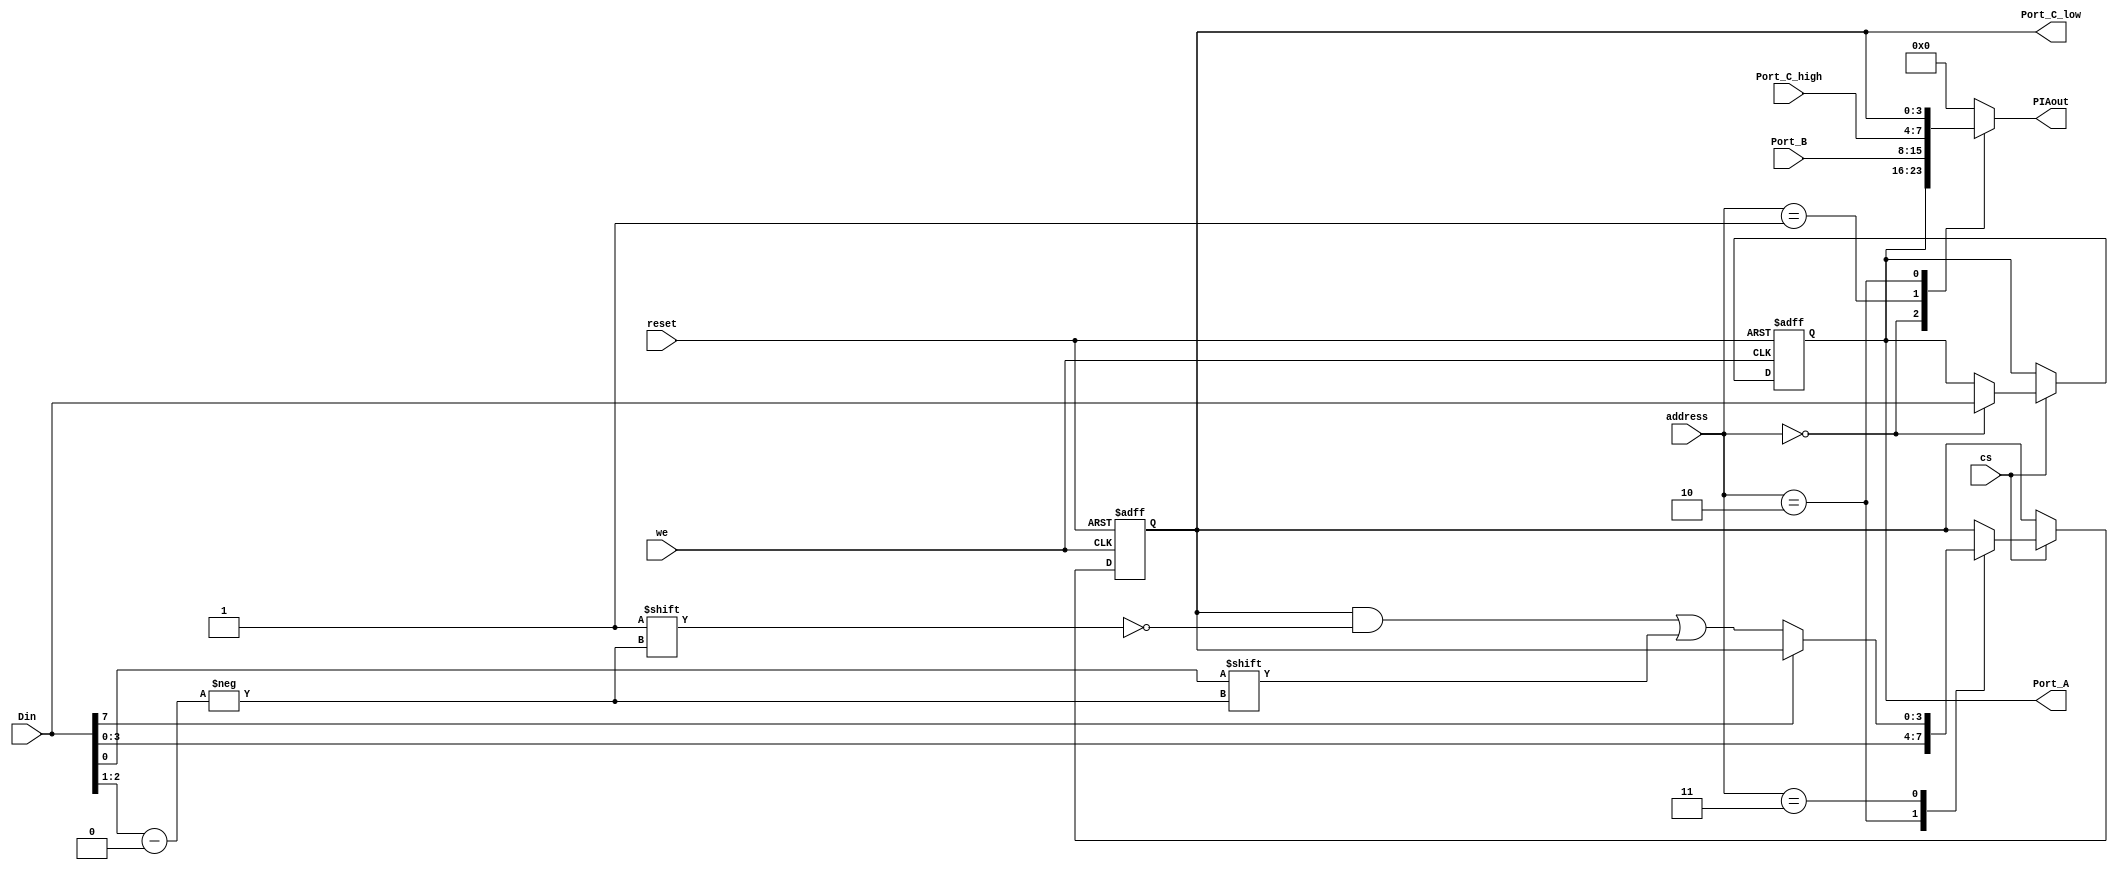

module PIA8255 (
    input cs,
    input reset,
    input [1:0] address,
    input [7:0] Din,
    input we,
    output [7:0] PIAout,
    output [7:0] Port_A,
    input [7:0] Port_B,
    output [3:0] Port_C_low,
    input wire [3:0] Port_C_high
    );


    

	// ------------------------------------------------------------------------------------
	// 	25.5 Input/Output Port Allocations
	// 
	// The  8255  Programmable  Peripheral  Interface  Adapter  contains  three
	// 8-bit ports, and all but one of these lines is used by the ATOM.
	// 
	// Port A - #B000
	//        Output bits:      Function:
	//             O -- 3     Keyboard row
	//             4 -- 7     Graphics mode
	// 
	// Port B - #B001
	//        Input bits:       Function:
	//             O -- 5     Keyboard column
	//               6        CTRL key (low when pressed)
	//               7        SHIFT keys {low when pressed)
	// 
	// Port C - #B002
	//        Output bits:      Function:
	//             O          Tape output
	//             1          Enable 2.4 kHz to cassette output
	//             2          Loudspeaker
	//             3          Not used
	// 
	//        Input bits:       Function:
	//             4          2.4 kHz input
	//             5          Cassette input
	//             6          REPT key (low when pressed)
	//             7          60 Hz sync signal (low during flyback)
	// 
	// The port C output lines, bits O to 3, may be used for user
	// applications when the cassette interface is not being used.
	// ------------------------------------------------------------------------------------
  
  reg [7:0] Port_A_r, Port_B_r;
  reg [3:0] Port_C_L;
  reg [7:0] PIAout_r;

	always@(posedge we, posedge reset) begin
    if (reset) begin
       Port_A_r <= 8'h0;
       Port_C_L <= 4'h0;
      end
    else
      begin
        // latch writes to PIO
        if (cs) begin
          case (address[1:0])
            2'b00: Port_A_r <= Din;
            2'b10: Port_C_L <= Din[3:0];
            2'b11: if (!Din[7]) Port_C_L[Din[2:1]] <= Din[0];
          endcase
        end
      end
  end

  always @(*) begin
    Port_B_r <= Port_B;
  end
  
  always @(*) begin 
    case(address[1:0])
      2'b00: PIAout_r <= Port_A_r;
      2'b01: PIAout_r <= Port_B_r;
      2'b10: PIAout_r <= { Port_C_high ,Port_C_L};
      default:  PIAout_r <= 0;
    endcase
  end
  
  assign PIAout = PIAout_r;
  assign Port_C_low = Port_C_L;
  assign Port_A = Port_A_r;
  

endmodule